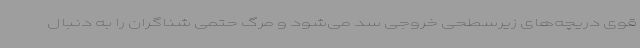
قوی دریچه‌های زیرسطحی خروجی سد می‌شود و مرگ حتمی شناگران را به دنبال